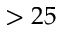
> 2 5